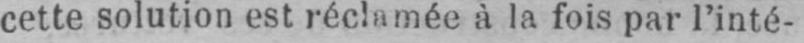
cette solution est réclamée à la fois par l’inté-